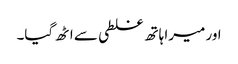
اور میرا ہاتھ غلطی سے اٹھ گیا۔